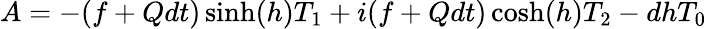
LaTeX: A=-(f+Qdt)\sinh(h)T_{1}+i(f+Qdt)\cosh(h)T_{2}-dhT_{0}